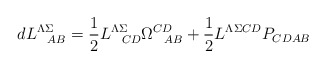
\begin{align*}d L^{\Lambda\Sigma}_{\ \ AB} = {1 \over 2}L^{\Lambda\Sigma}_{\ \ CD}\Omega^{CD}_{\ \ AB} + {1 \over 2}L^{\Lambda\Sigma CD} P_{CD AB}\end{align*}